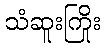
သံဆူးကြိုး